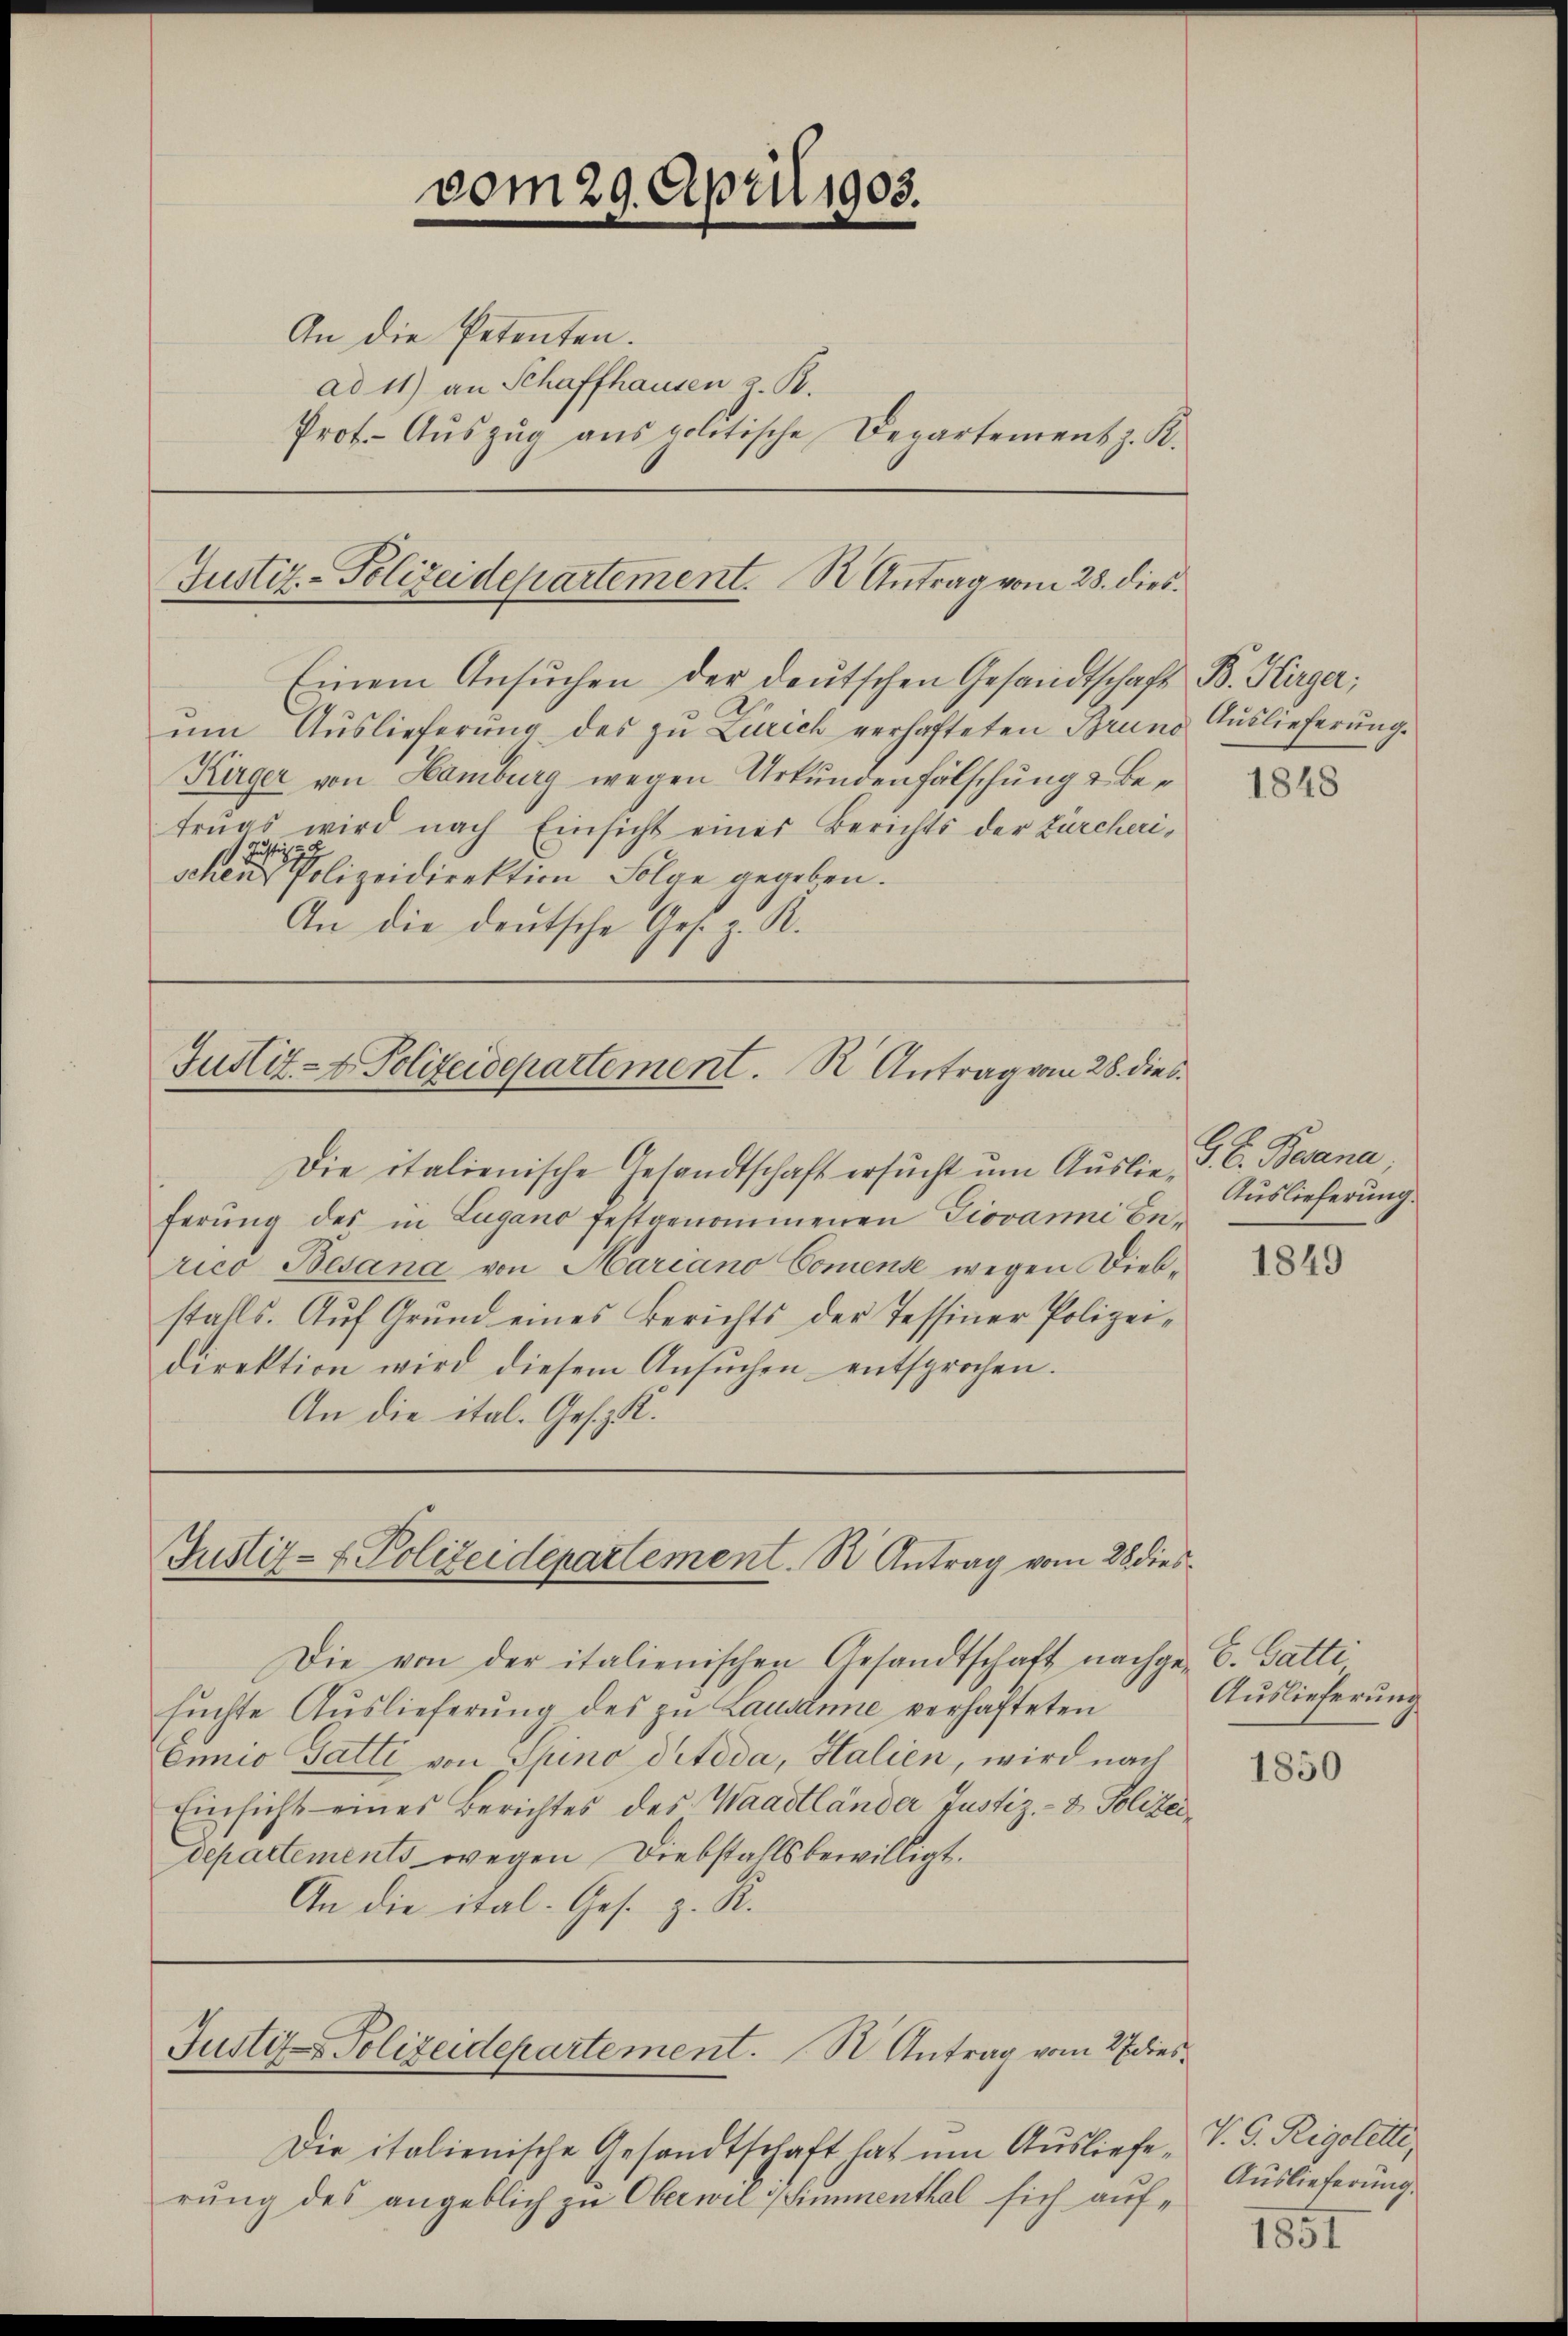
vom 29. April 1903.
An die Petenten.
ad 11) an Schaffhausen z. B.
Prof. Auszug aus politische Departement z. K.

Justiz-Polizeidepartement. S. Antrag vom 28. dies

Einem Ansŭchen der deutschen Gesandtschaft B. Herger;
ŭm Aŭslieferŭng des zŭ Zürich verhafteten Brund Auslieferung.
Kürger von Hamburg wegen Urkundenfälschung & Betrugs wird nach Einsicht einer Berichts der Zürcherischen einer Polizeidirektion Folge gegeben.
An die deutsche Ges. z. R.

Die italienische Gesandtschaft hat um Ausliefe V. C. Rigolette,
rŭng des angeblich zŭ Oberwil Simmenthal sich auf¬

Justiz- & Polizeidepartement. R. Antrag vom 28. dies

Die italienische Gesandtschaft ersucht um Auslie, S. C. Besana
ferŭng des in Lugano festgenommenen Giovanni berico Besana von Mariano Comente wegen Diebstalls. Auf Grund eines Berichts der Tessiner Polizeidirektion wird diesem Ansŭchen entsprochen.
An die ital. Gesetz

Justiz- & Polizeidepartement. B. Antrag vom 28 dies

Die von der italienischen Gesandtschaft nachge-S. Gatti,
suchte Auslieferung des zu Lausanne verhafteten
Ennio Gatti von Shino diteda, Halien, wird nach
Einsicht eines Berichtes des Waadtländer Justiz- & Polizeidepartements wegen Diebstalls bewilligt.
An die ital-Ges. z. R.

Justiz- & Polizeidepartement. S. Antrag vom 27. dies¬

1848

Auslieferung.

1849

Auslieferung

1850

Auslieferung.

1851